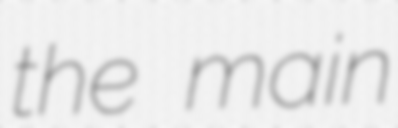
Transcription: the main